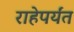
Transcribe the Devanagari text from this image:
राहेपर्यंत